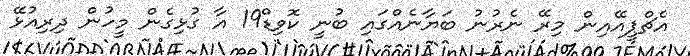
އެޗްޕީއޭއިން މިރޭ ނެރުނު ބަޔާނެއްގައި ބުނީ ކޮވިޑް19 އާ ގުޅިގެން މީހުން ދިރިއުޅޭ